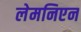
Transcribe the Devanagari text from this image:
लेमनिएन